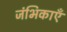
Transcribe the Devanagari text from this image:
जंभिकाएँ